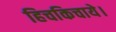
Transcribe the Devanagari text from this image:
हिचकिचाये।